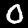
Digit: 0